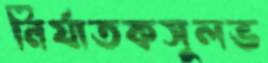
নির্যাতকসুলভ